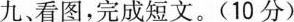
九、看图,完成短文.(10 分)